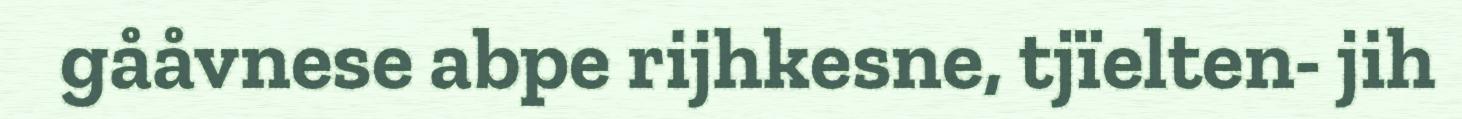
gååvnese abpe rijhkesne, tjïelten- jih